Civil Veterinary Department Bihar & Orissa reports 1911-21 - 1911-1921
Year: 1911
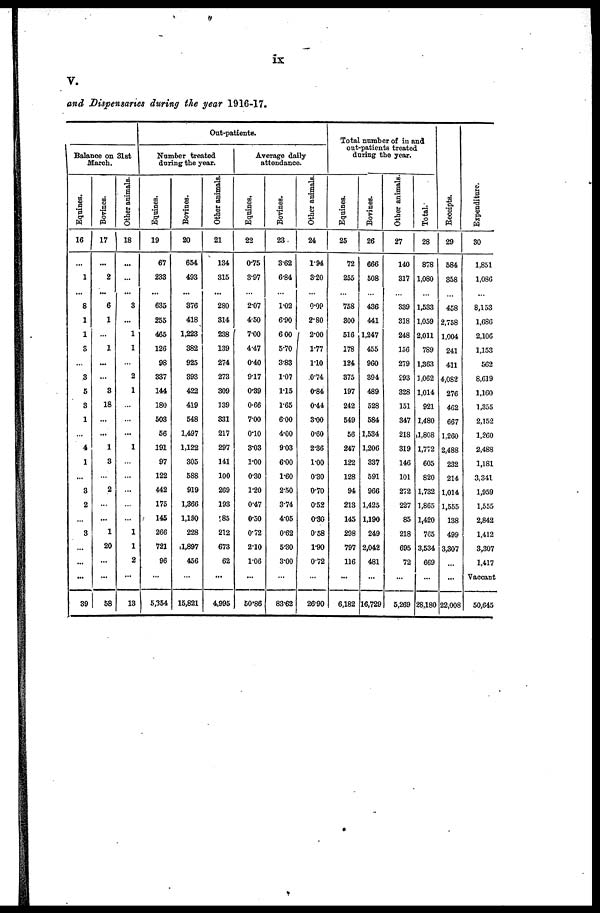
V.
and Dispensaries during the year 1916-17.
Balance on 31st
March.
Equines.
16
...
1
8
1
1
3
...
3
5
3
1
...
4
1
...
3
2
...
3
...
...
...
39
Bovines.
17
...
2
6
1
...
1
...
3
18
...
...
1
3
...
2
...
...
1
20
...
...
58
Other animals.
18
...
...
3
...
1
1
...
2
1
...
...
...
1
...
...
...
...
...
1
1
2
...
13
Out-patients.
Number treated
during the year.
Equines.
19
67
233
635
255
465
126
98
337
144
180
503
56
191
97
122
442
175
145
266
721
96
...
5,354
Bovines.
20
654
493
376
418
1,223
382
925
393
422
419
548
1,497
1,122
305
588
919
1,366
1,190
228
.1,897
456
...
15,821
Other animals.
21
134
315
280
314
238
139
274
273
309
139
331
217
297
141
100
269
193
185
212
673
62
...
4,995
Average daily
attendance.
Equines.
22
0.75
3.97
2.07
4.50
7.00
4.47
0.40
917
0.39
0.66
7.00
010
3.03
1.00
0.30
1.20
0.47
0.30
0.72
2.10
1.06
...
50.86
Bovines.
23
362
6.84
1.02
6.90
6 00
5.70
3.83
1.07
115
1.65
6.00
4.00
903
6.00
1.60
2.50
3.74
4.05
0.62
5.30
3.00
...
83.62
Other animals.
24
1.94
3.20
0.09
2.80
2.00
1.77
1.10
.0-74
0.84
0.44
3.00
0.60
2.36
1.00
0.30
0.70
0.52
0.30
0.58
1.90
0.72
...
26.90
Total number of in and
out-patients treated
during the year.
Equines.
25
72
255
758
300
516
178
124
375
197
242
549
56
247
122
128
94
213
145
298
797
116
...
6,182
Bovines.
26
666
508
436
441
1,247
455
960
394
489
528
584
1,534
1,206
337
591
966
1,425
1,190
249
2,042
481
...
16,729
Other animals.
27
140
317
339
318
248
156
279
293
328
151
347
218
319
146
101
272
227
85
218
695
72
...
5,269
Total.
28
878
1,080
1,533
1,059
2,011
789
1,363
1,062
1,014
921
1,480
1,808
1,772
605
820
1,732
1,865
1,420
765
3,534
669
...
28,180
Receipts.
29
584
358
458
2,758
1,004
241
411
4,082
276
462
667
1,260
2,488
232
214
1,014
1,555
138
499
3,307
...
...
22,008
Expenditure.
30
1,851
1,086
8,153
1,686
2,106
1,153
562
8,619
1,160
1,355
2,152
1,260
2,488
1,181
3,341
1,959
1,555
2,842
1,412
3,307
1,417
Vaccant
50,645